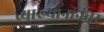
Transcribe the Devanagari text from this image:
व्याख्यानांनंतर